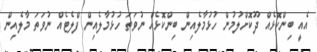
އެއީ ބިންކޮޅެއް ދޫކޮށްލުމުން ހުޅުމާލެއިން ބިންކޮޅެއް ނުވަތަ ހުޅުމާލެއިން ފްލެޓެއް ނުވަތަ މާލެއިން